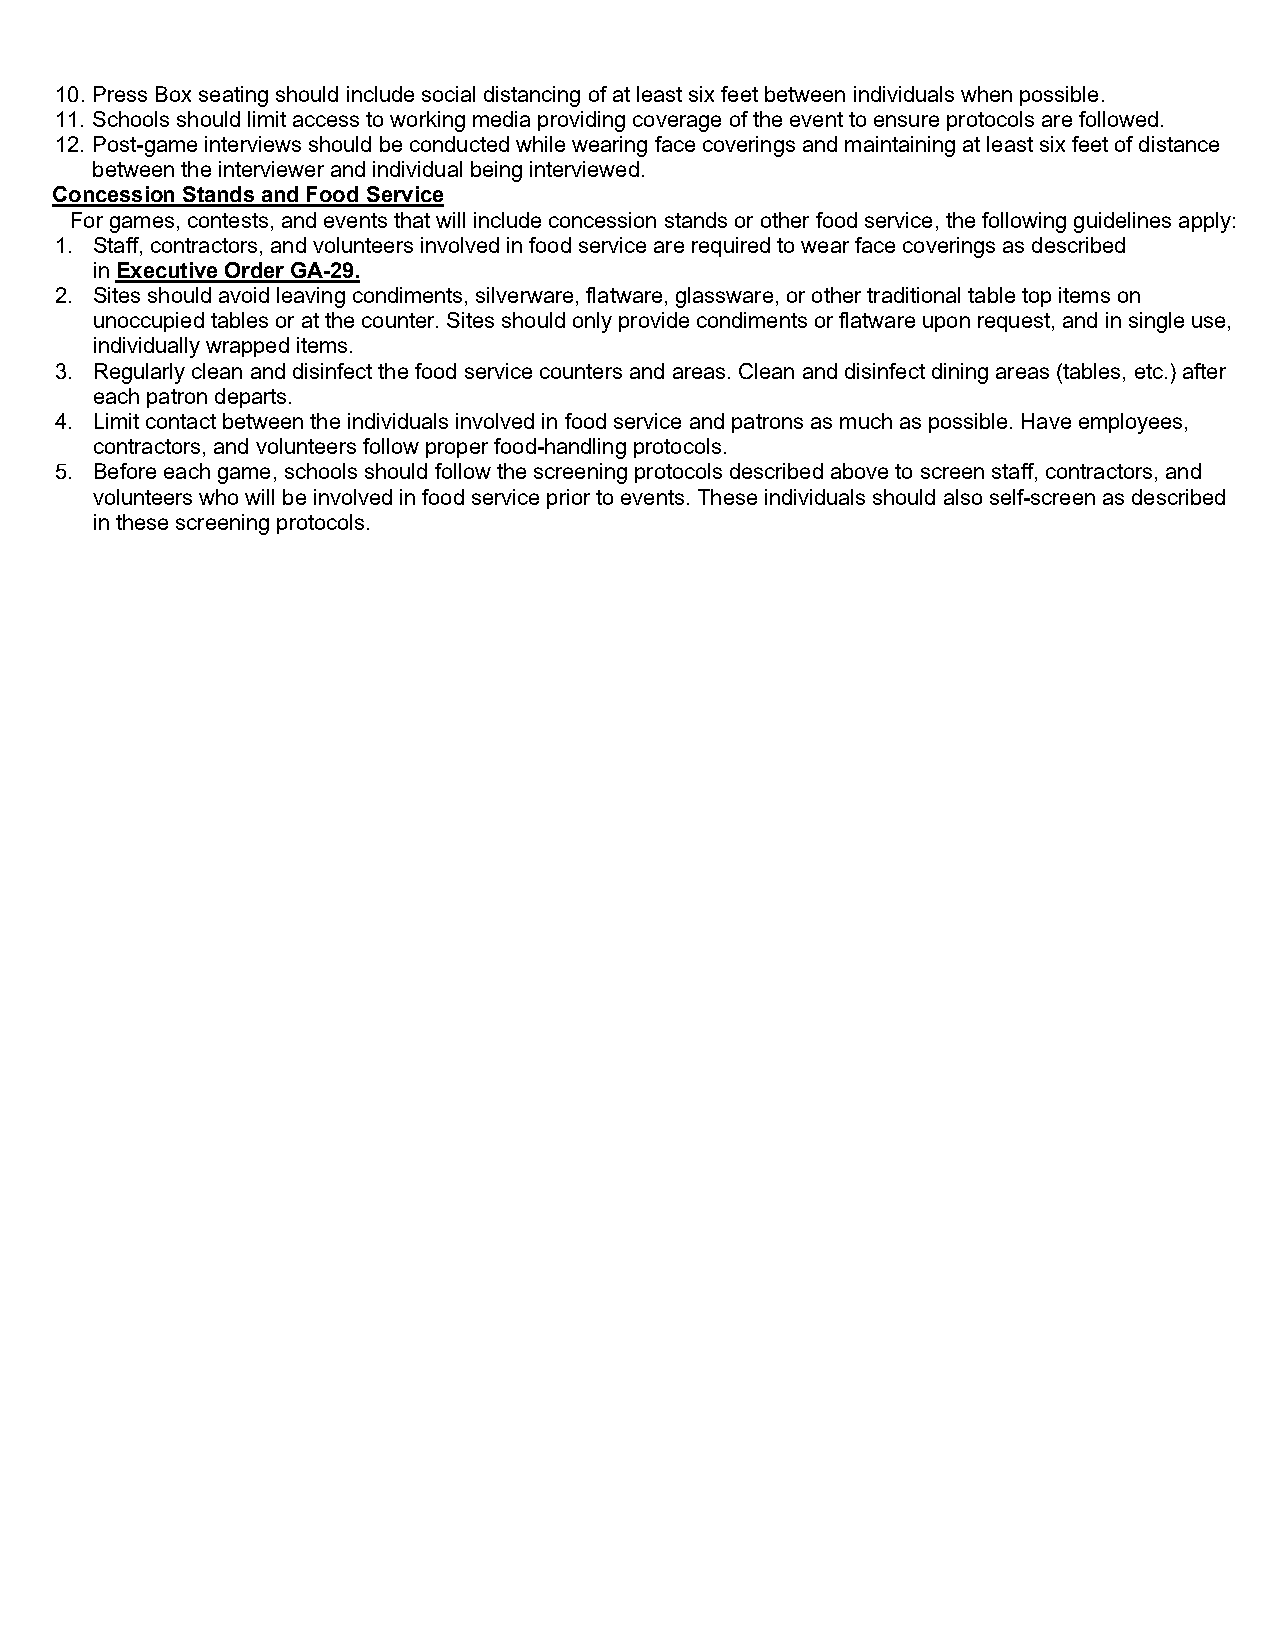
10. Press Box seating should include social distancing of at least six feet between individuals when possible.
 11. Schools should limit access to working media providing coverage of the event to ensure protocols are followed.
 12. Post-game interviews should be conducted while wearing face coverings and maintaining at least six feet of distance
 between the interviewer and individual being interviewed.
 Concession Stands and Food Service
 For games, contests, and events that will include concession stands or other food service, the following guidelines apply:
 1. Staff, contractors, and volunteers involved in food service are required to wear face coverings as described
 in Executive Order GA-29.
 2. Sites should avoid leaving condiments, silverware, flatware, glassware, or other traditional table top items on
 unoccupied tables or at the counter. Sites should only provide condiments or flatware upon request, and in single use,
 individually wrapped items.
 3. Regularly clean and disinfect the food service counters and areas. Clean and disinfect dining areas (tables, etc.) after
 each patron departs.
 4. Limit contact between the individuals involved in food service and patrons as much as possible. Have employees,
 contractors, and volunteers follow proper food-handling protocols.
 5. Before each game, schools should follow the screening protocols described above to screen staff, contractors, and
 volunteers who will be involved in food service prior to events. These individuals should also self-screen as described
 in these screening protocols.